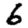
Digit: 6